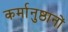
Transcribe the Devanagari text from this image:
कर्मानुष्ठानों